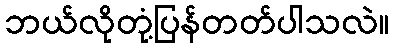
ဘယ်လိုတုံ့ပြန်တတ်ပါသလဲ။